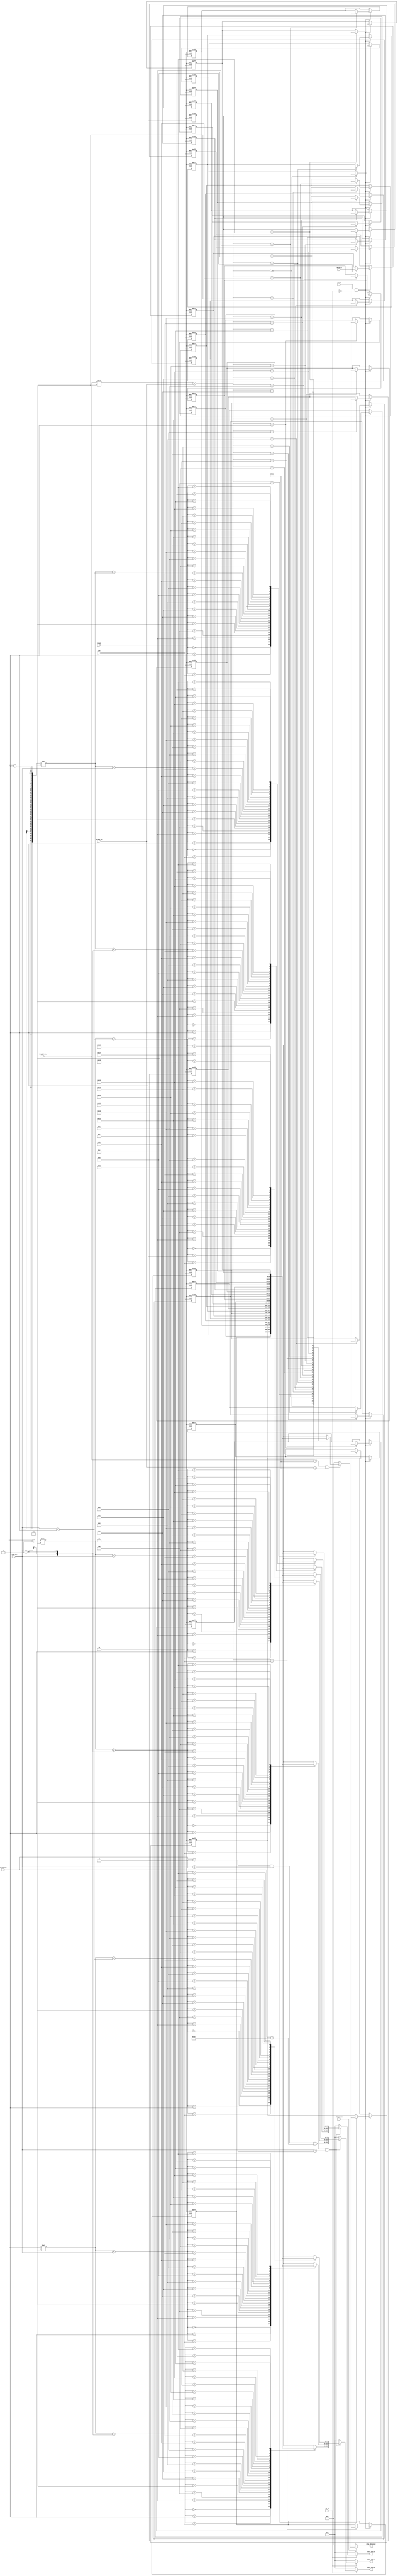
`timescale 1ns / 1ps
//////////////////////////////////////////////////////////////////////////////////
// Company: 
// Engineer: 
// 
// Design Name: 
// Module Name: New_mem_3out
// Project Name: 
// Target Devices: 
// Tool Versions: 
// Description: 
// 
// Dependencies: 
// 
// Revision:
// Revision 0.01 - File Created
// Additional Comments:
// 
//////////////////////////////////////////////////////////////////////////////////


module New_mem_3out(data_in, reset, clk, in_add_col, in_add_row, a_add_col, a_add_row, wr_en, rd_en, data_out_a, data_out_b, data_out_c, chiprd_en, chip_data_out );

parameter DW = 8;
parameter OUT_DW = DW * 3;//output data width
parameter MEM_SIZE = 5;//memory size
parameter MEM_ADDR = 3;//memory address size
integer i;//just count
integer j;

input [DW-1:0] data_in;
input reset, clk;
input [MEM_ADDR-1:0] in_add_col;//for input addres
input [MEM_ADDR-1:0] in_add_row;
input [MEM_ADDR-1:0] a_add_col;//for output address
input [MEM_ADDR-1:0] a_add_row;
input wire wr_en;
input rd_en;
output reg [OUT_DW-1:0] data_out_a;//first line
output reg [OUT_DW-1:0] data_out_b;//second line
output reg [OUT_DW-1:0] data_out_c;//third line

reg [DW-1:0] mem[0:MEM_SIZE-1][0:MEM_SIZE-1];

input chiprd_en;
output reg [DW-1:0] chip_data_out;

always @ (posedge clk or negedge reset)
begin
    if( !reset )
    begin
        for(i=0;i<MEM_SIZE;i=i+1)
        begin
            for(j=0;j<MEM_SIZE;j=j+1)
                mem[i][j] <= 0;//reset all mem
        end        
    end
    else
    begin
        if(wr_en && (!rd_en))//make sure that write mode and read mode don't activate same time
        begin
            mem[in_add_row][in_add_col] <= data_in;
        end
    end
end

always @ (*)
begin
    if(rd_en)
    begin
        //make output data using 3 memory data. 3 -> 1
        data_out_a = ((a_add_row > 0) && (a_add_col > 0) && (a_add_row < 29) && (a_add_col < 29)) ? {mem[a_add_row-1][a_add_col-1],mem[a_add_row-1][a_add_col],mem[a_add_row-1][a_add_col+1]} : 0;
        data_out_b = ((a_add_row > 0) && (a_add_col > 0) && (a_add_row < 29) && (a_add_col < 29)) ? {mem[a_add_row][a_add_col-1],mem[a_add_row][a_add_col],mem[a_add_row][a_add_col+1]} : 0;
        data_out_c = ((a_add_row > 0) && (a_add_col > 0) && (a_add_row < 29) && (a_add_col < 29)) ? {mem[a_add_row+1][a_add_col-1],mem[a_add_row+1][a_add_col],mem[a_add_row+1][a_add_col+1]} : 0;
    end
    else
    begin
        data_out_a = 0;
        data_out_b = 0;
        data_out_c = 0;
    end
end
always @ (*)
begin
    if(chiprd_en)
    begin
        chip_data_out = ((in_add_row < 30) && (in_add_col < 30)) ? mem[in_add_row][in_add_col] : 0;
    end
    else
    begin
        chip_data_out = 0;
    end
end
endmodule